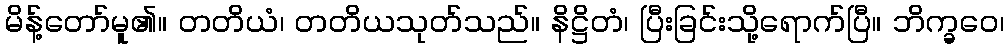
မိန့်တော်မူ၏။ တတိယံ၊ တတိယသုတ်သည်။ နိဋ္ဌိတံ၊ ပြီးခြင်းသို့ရောက်ပြီ။ ဘိက္ခဝေ၊